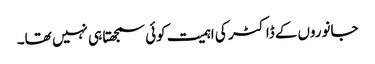
جانوروں‌کے ڈاکٹر کی اہمیت کوئی سمجھتا ہی نہیں تھا۔